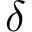
\delta